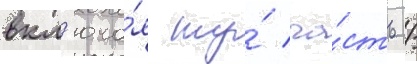
вкл'юча́я ту́ ча́сть /